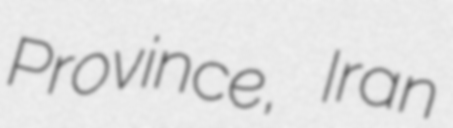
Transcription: Province, Iran